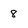
Character: 8